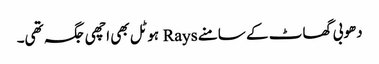
دھوبی گھاٹ کے سامنے Rays ہوٹل بھی اچھی جگہ تھی۔